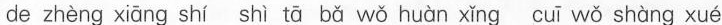
de zhèng xiāng shí shì tā bǎ wǒ huàn xǐng cuī wǒ shàng xué